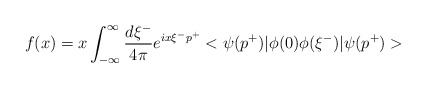
\begin{align*}f(x) = x \int_{-\infty}^{\infty}\frac{d\xi^-}{4\pi} e^{ix\xi^- p^+}<\psi(p^+)| \phi(0) \phi(\xi^-) | \psi(p^+)>\end{align*}